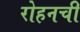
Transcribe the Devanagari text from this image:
रोहनची